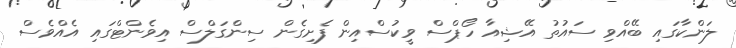
ލަންކާގައި ބޭއްވި ސައުތު އޭޝިއާ ހޯޕްސް ވީކުސްއިން ފެށިގެން ސިންގަލްސް އިވެންޓްގައި އެއްވެސް